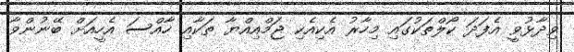
ވިދާޅުވީ އެފަދަ ކޯލްތަކުގައި މިހާރު އެކިއެކި ޖަމްއިއްޔާ ތަކާއި ހާއްސަ އެހީއަށް ބޭނުންވާ